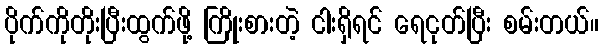
ပိုက်ကိုတိုးပြီးထွက်ဖို့ ကြိုးစားတဲ့ ငါးရှိရင် ရေငုတ်ပြီး စမ်းတယ်။